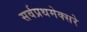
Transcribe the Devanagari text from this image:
सर्वप्रथमेक्सरे